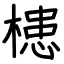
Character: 槵